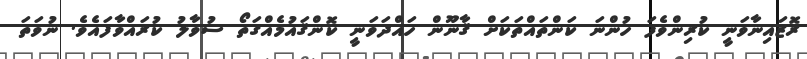
ރޮޒައިނާވަނީ ކުރިންވެފަ ހުންނަ ކަންތައްތަކަށް ޤާނޫން ހައްދަވަނީ ކޮންޤައުމެއްގަތޯ ސުވާލު ކުރައްވާފައެވެ. ނުވަތަ